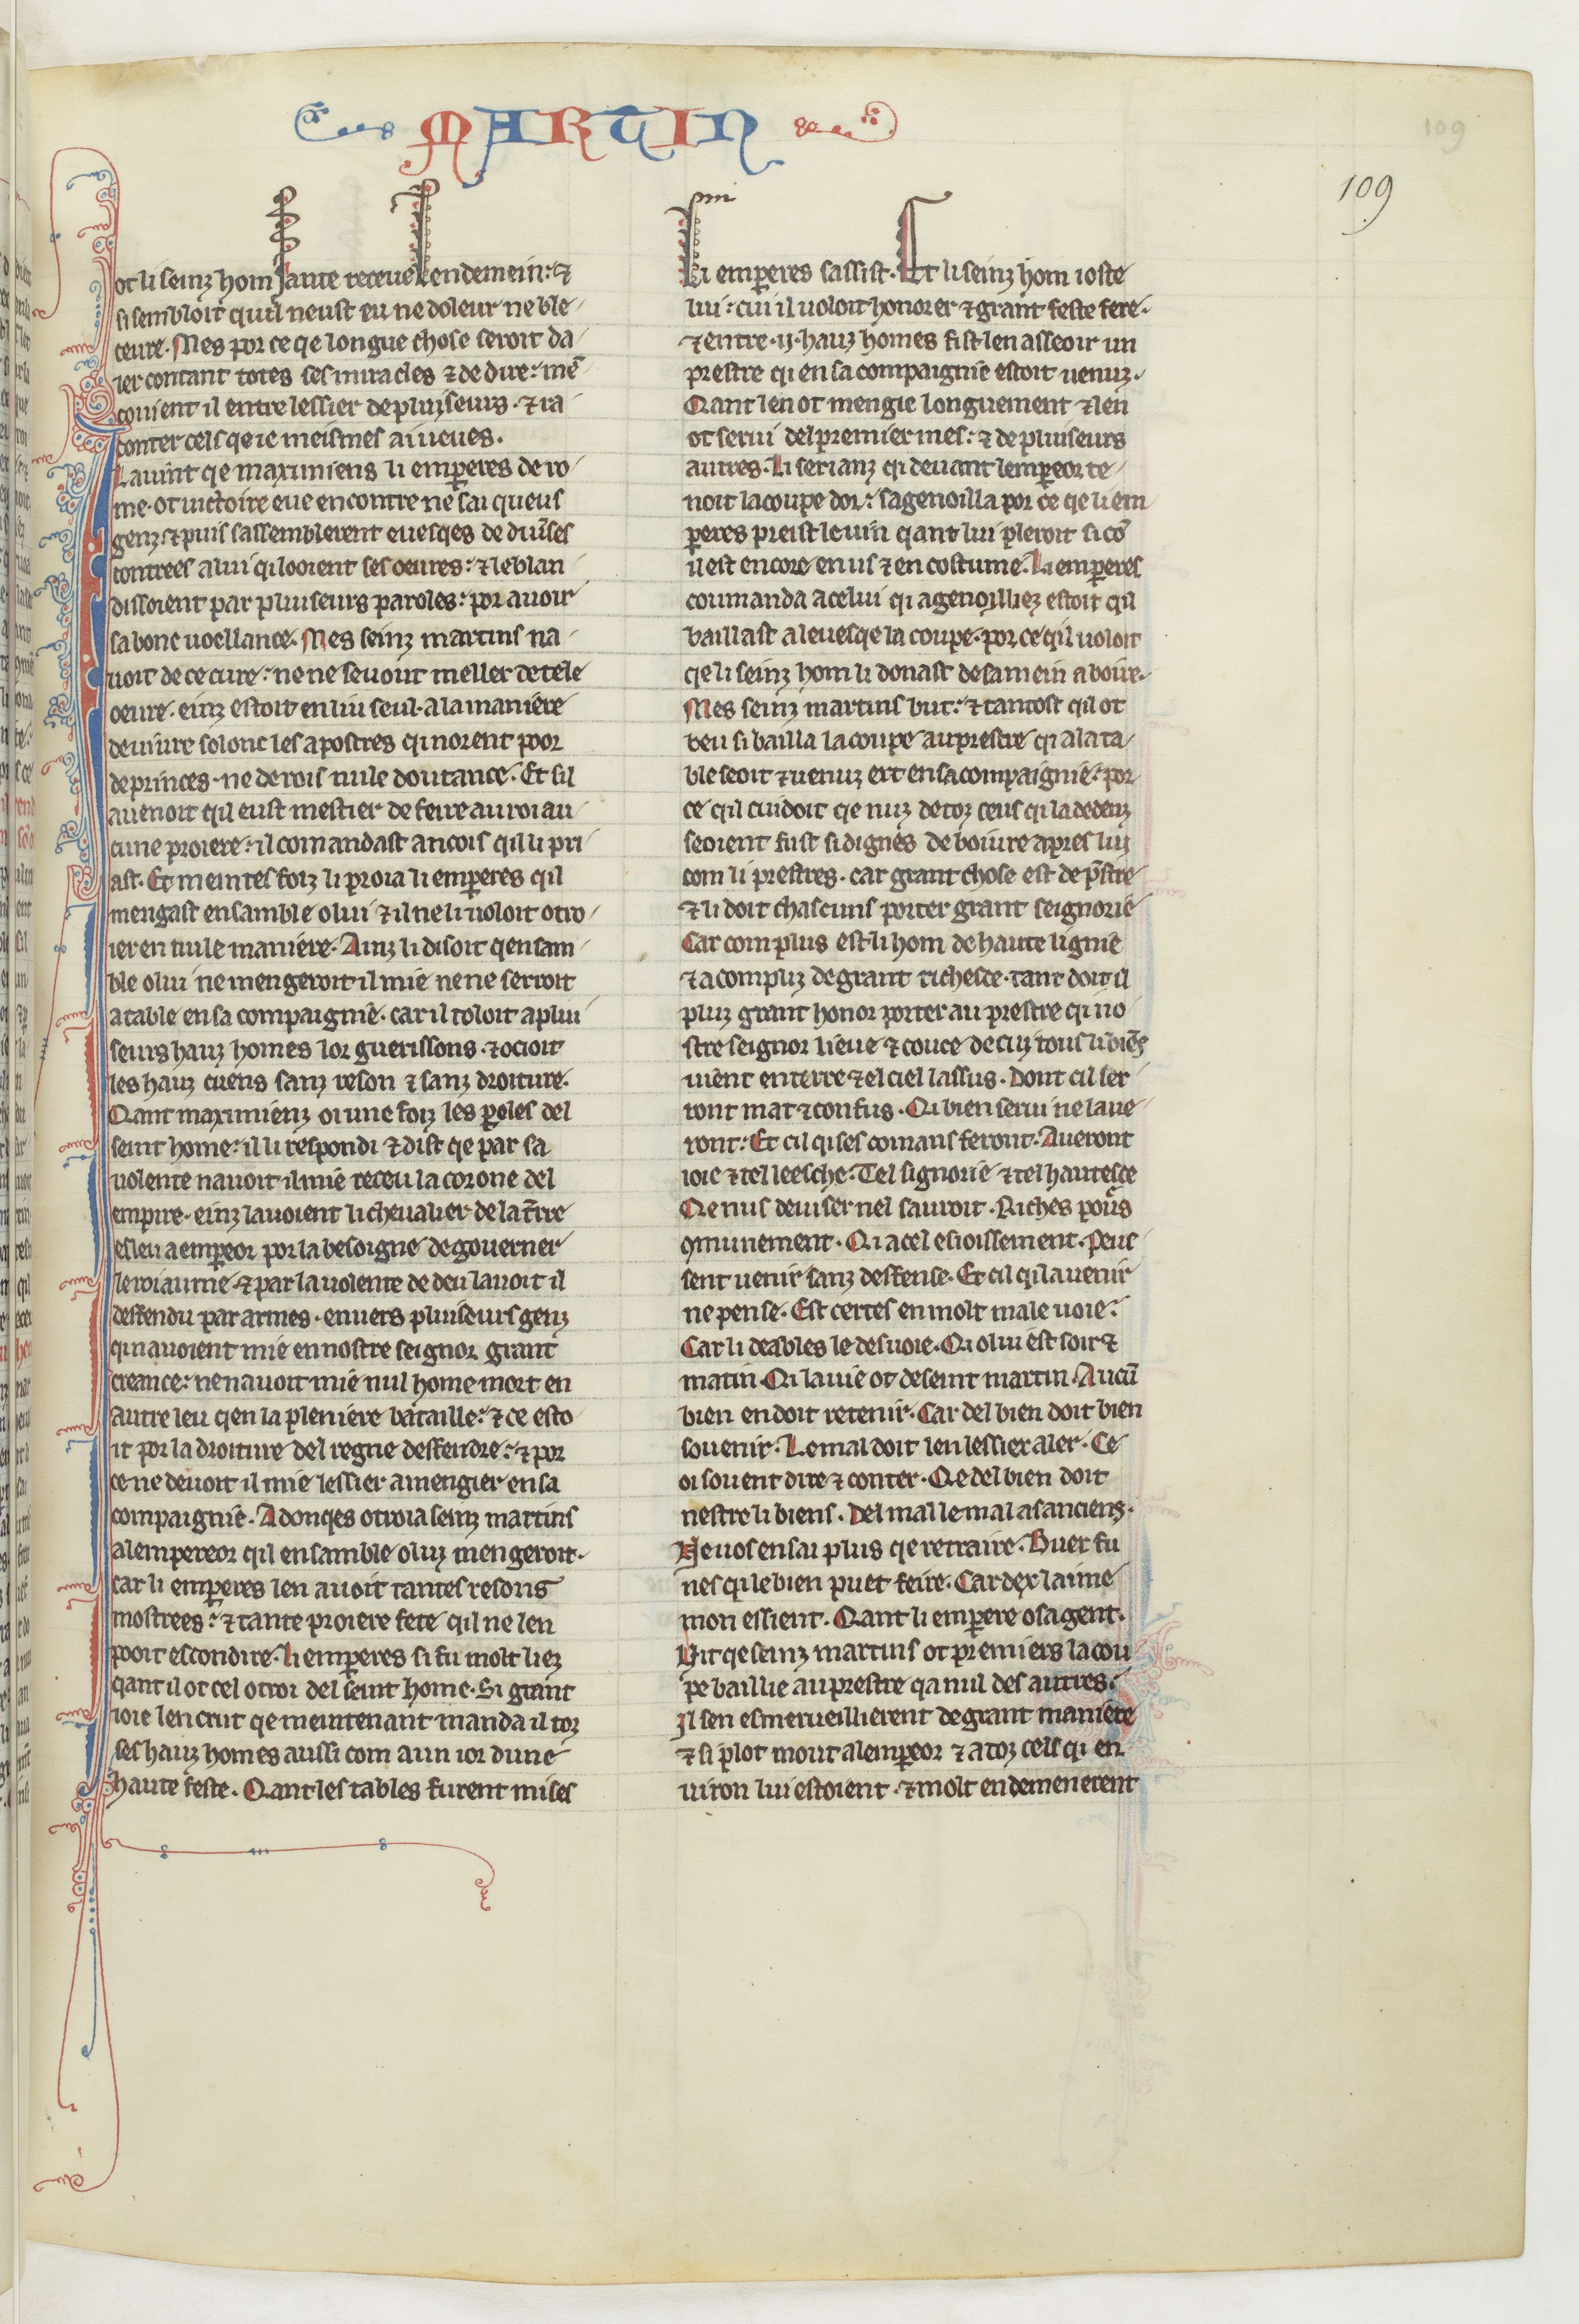
Shelfmark: Paris, BnF, fr. 412
Century: 13